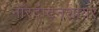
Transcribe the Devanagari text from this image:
नॉरदॅप्टनशायर